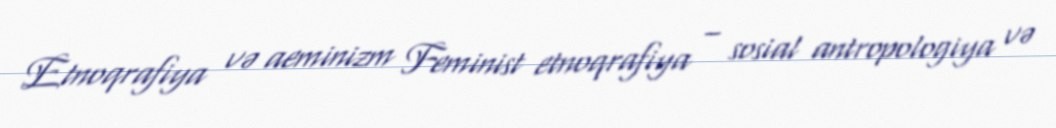
Etnoqrafiya və aeminizm Feminist etnoqrafiya – sosial antropologiya və